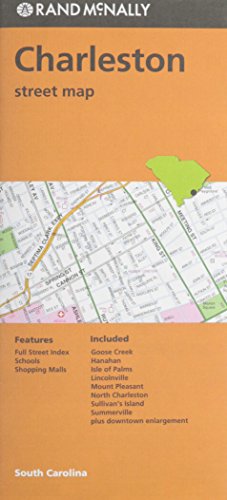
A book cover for Rand McNally Charleston Street Map; Rand McNally; Travel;